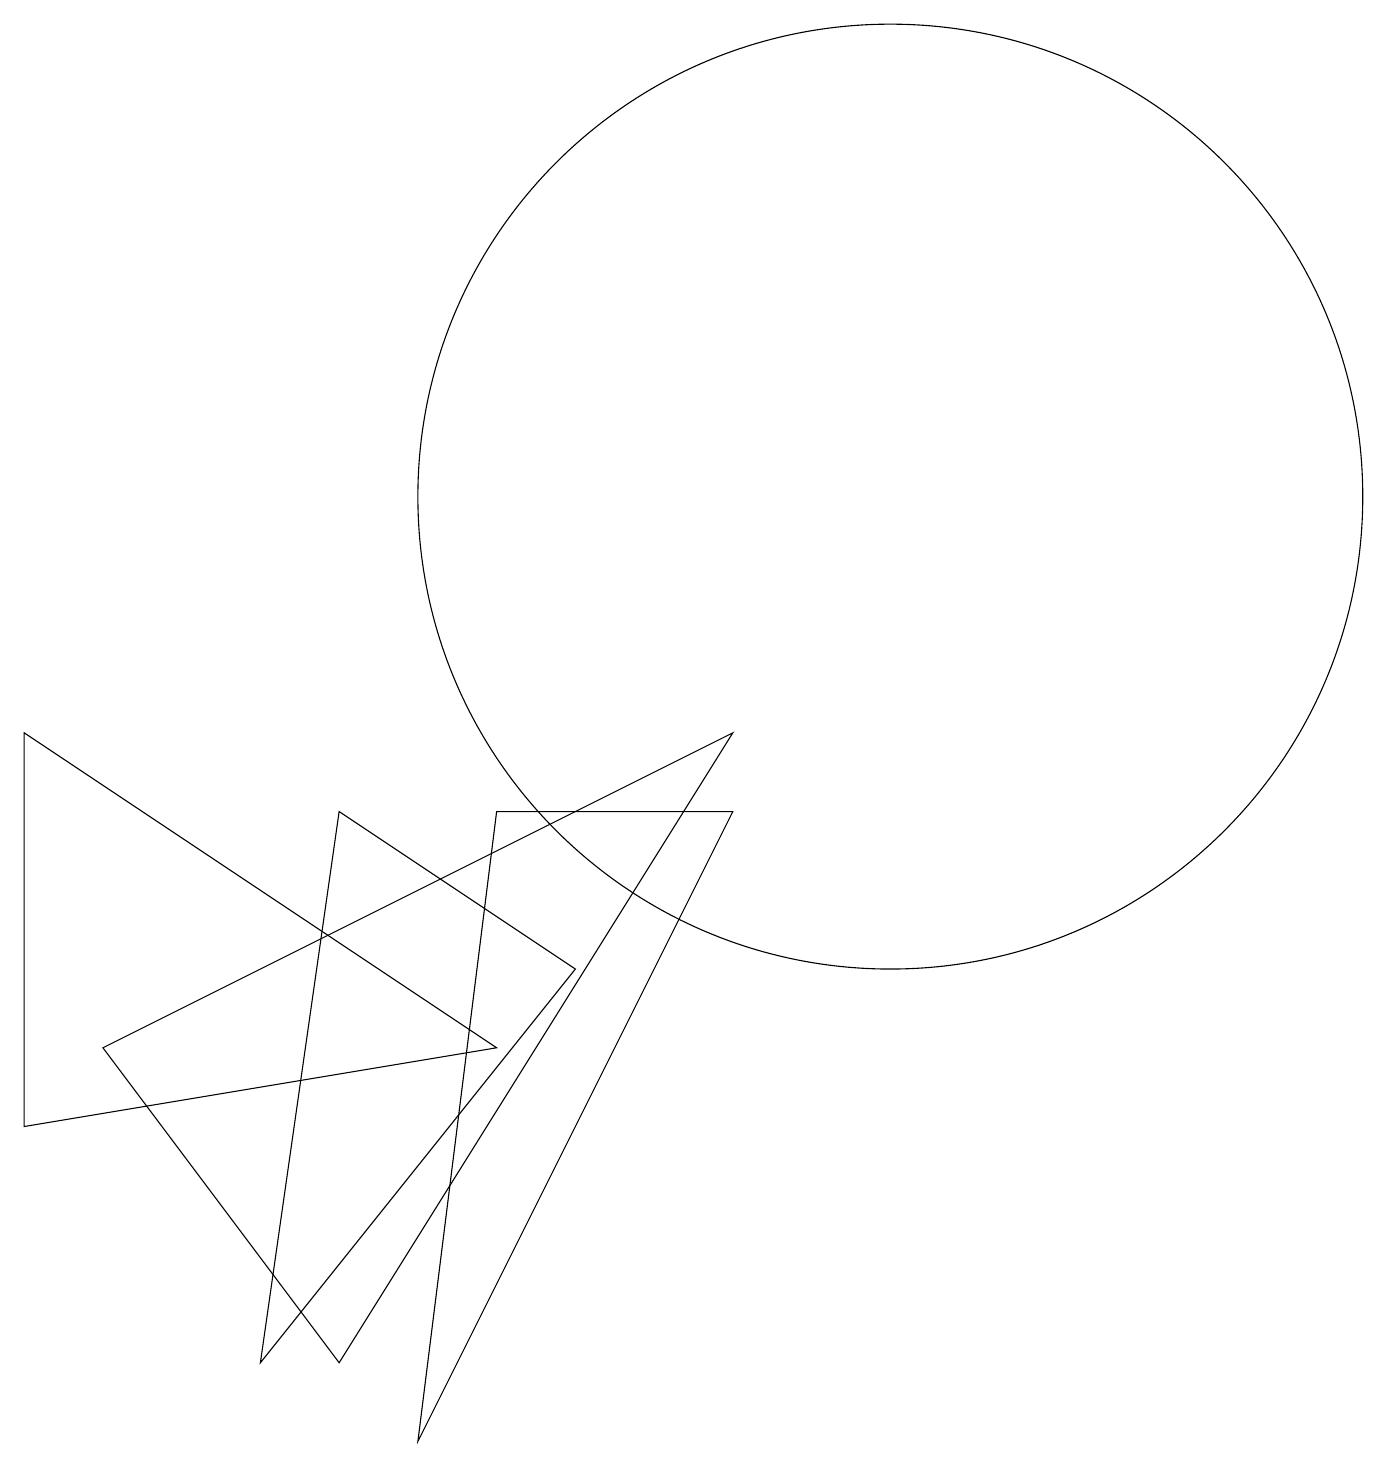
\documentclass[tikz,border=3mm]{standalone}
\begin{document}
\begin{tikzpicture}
\draw (4,8) -- (7,6) -- (3,1) -- cycle;
\draw (6,8) -- (9,8) -- (5,0) -- cycle;
\draw (11,12) circle (6);
\draw (9,9) -- (4,1) -- (1,5) -- cycle;
\draw (0,9) -- (0,4) -- (6,5) -- cycle;
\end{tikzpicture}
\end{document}